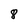
Character: 8